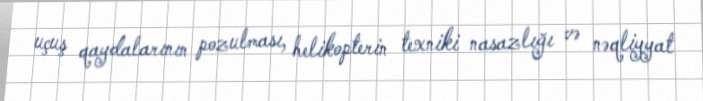
uçuş qaydalarının pozulması, helikopterin texniki nasazlığı və nəqliyyat